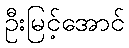
ဦးမြင့်အောင်